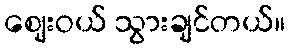
ဈေးဝယ် သွားချင်တယ်။